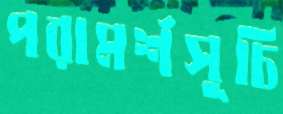
পরামর্শসূচি